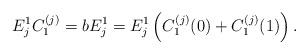
LaTeX: \begin{align*}E_j^1C_1^{(j)}=b E_j^1=E_j^1 \left(C_1^{(j)}(0)+C_1^{(j)}(1)\right).\end{align*}